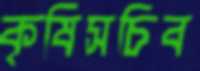
কৃষিসচিব